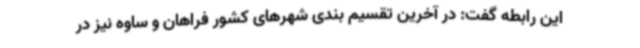
این رابطه گفت: در آخرین تقسیم بندی شهرهای کشور فراهان و ساوه نیز در